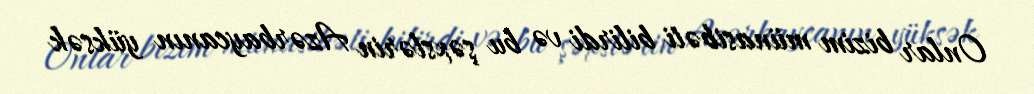
Onlar bizim münasibəti bilirdi və bu şəxslərin Azərbaycanın yüksək